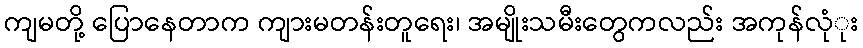
ကျမတို့ ပြောနေတာက ကျားမတန်းတူရေး၊ အမျိုးသမီးတွေကလည်း အကုန်လုံုး